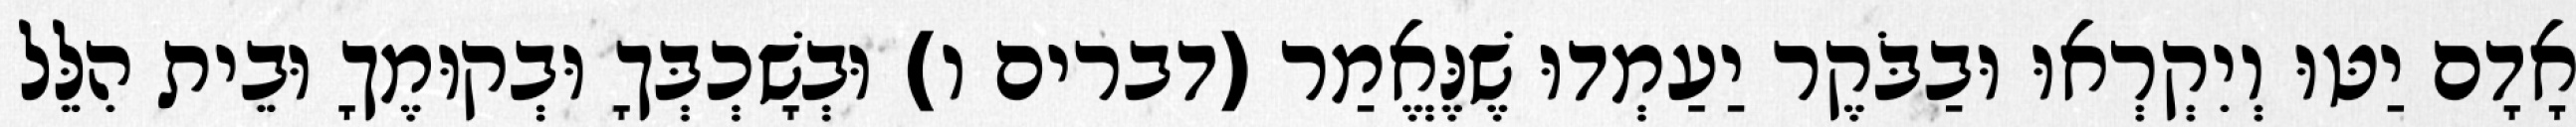
אָדָם יַטּוּ וְיִקְרְאוּ וּבַבֹּקֶר יַעַמְדוּ שֶׁנֶּאֱמַר (דברים ו) וּבְשָׁכְבְּךָ וּבְקוּמֶךָ וּבֵית הִלֵּל